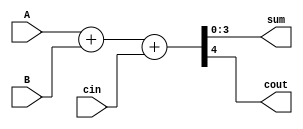
module full_adder(A,B,cin,sum,cout);

  input [3:0] A,B;
  input cin;
  output reg [3:0] sum;
  output reg cout;
  
  always @(A or B or cin) begin
    {cout,sum} = A + B + cin;
  end
  
endmodule